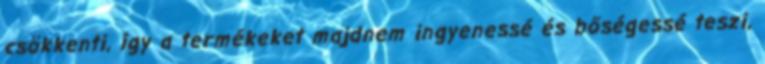
csökkenti, így a termékeket majdnem ingyenessé és bőségessé teszi,